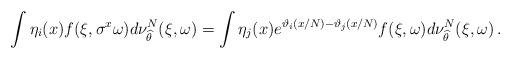
LaTeX: \begin{align*} \int \eta_i(x) f(\xi, \sigma^x\omega) d\nu_{\widehat \theta }^N (\xi,\omega) = \int \eta_j(x) e^{\vartheta_i(x/N) - \vartheta_j(x/N)} f(\xi, \omega) d\nu_{\widehat \theta }^N (\xi,\omega) \, . \end{align*}